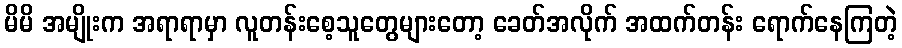
မိမိ အမျိုးက အရာရာမှာ လူတန်းစေ့သူတွေများတော့ ခေတ်အလိုက် အထက်တန်း ရောက်နေကြတဲ့